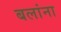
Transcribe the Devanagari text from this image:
बलांना